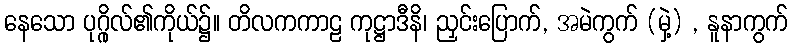
နေသော ပုဂ္ဂိုလ်၏ကိုယ်၌။ တိလကကာဠ ကုဋ္ဌာဒီနိ၊ ညှင်းပြောက်, အမဲကွက် (မှဲ့) , နူနာကွက်